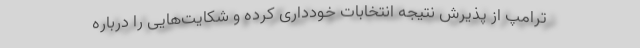
ترامپ از پذیرش نتیجه انتخابات خودداری کرده و شکایت‌هایی را درباره